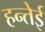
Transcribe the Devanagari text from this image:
हन्तेई